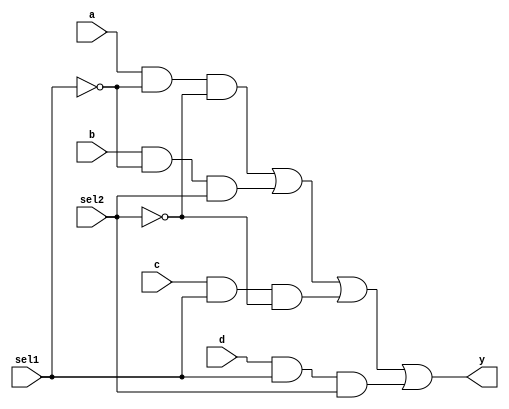
module mux4to1(a, b, c, d, sel1, sel2, y);
input a, b, c, d, sel1, sel2;
output y;
wire and1, and2, and3, and4;
and g1(and1, a, ~sel1, ~sel2);
and g2(and2, b, ~sel1, sel2);
and g3(and3, c, sel1, ~sel2);
and g4(and4, d, sel1, sel2);
or g5(y, and1, and2, and3, and4);
endmodule